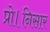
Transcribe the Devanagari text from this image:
प्रो।निसार